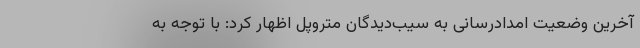
آخرین وضعیت امدادرسانی به سیب‌دیدگان متروپل اظهار کرد: با توجه به